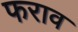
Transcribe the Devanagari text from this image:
फराव